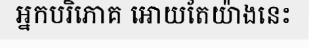
អ្នកបរិភោគ អោយតែយ៉ាងនេះ